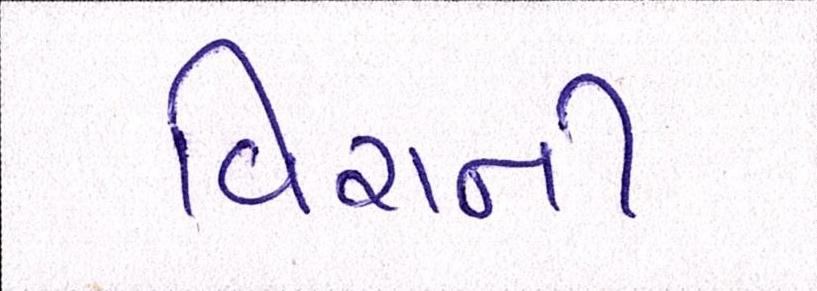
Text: વિરાની